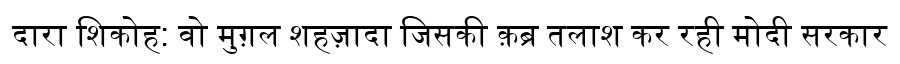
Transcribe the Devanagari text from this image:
दारा शिकोह: वो मुग़ल शहज़ादा जिसकी क़ब्र तलाश कर रही मोदी सरकार